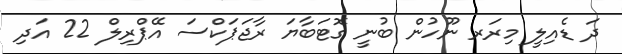
ދަ ޑެއިލީ މިރަރ ނޫހުން ބުނީ ގޮޓަބާޔަ ރާޖަޕަކްސަ އޭޕްރިލް 22 އަދި